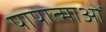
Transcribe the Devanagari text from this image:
पापात्माओं